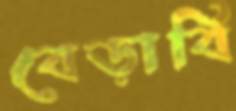
বেড়াবি